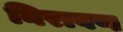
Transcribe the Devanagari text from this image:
निरावण